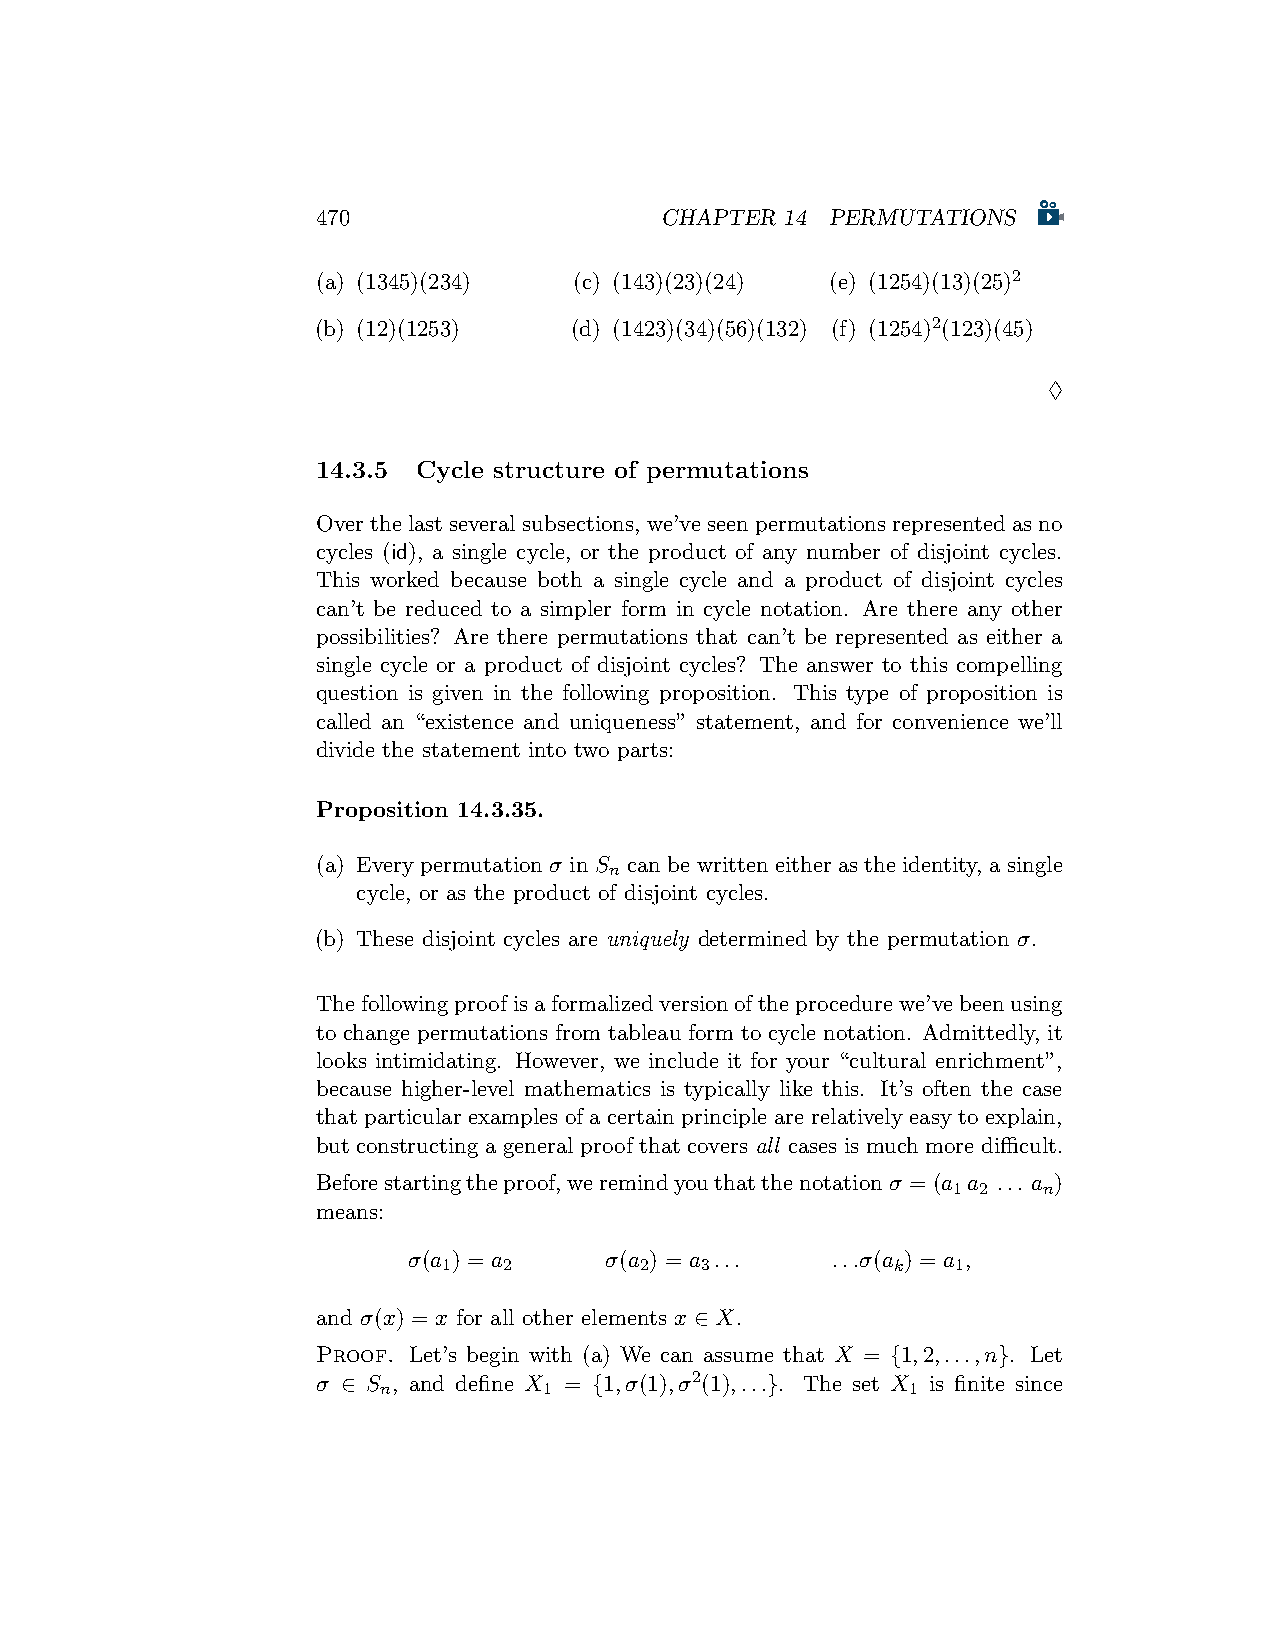
470                    CHAPTER 14 PERMUTATIONS
 (a) (1345)(234)  (c) (143)(23)(24) (e) (1254)(13)(25)2
 (b) (12)(1253)   (d) (1423)(34)(56)(132) (f) (1254)2(123)(45)
 ♢
 14.3.5 Cycle structure of permutations
 Over thelast several subsections, we’ve seen permutationsrepresented as no
 cycles (id), a single cycle, or the product of any number of disjoint cycles.
 This worked because both a single cycle and a product of disjoint cycles
 can’t be reduced to a simpler form in cycle notation. Are there any other
 possibilities? Are there permutations that can’t be represented as either a
 single cycle or a product of disjoint cycles? The answer to this compelling
 question is given in the following proposition. This type of proposition is
 called an “existence and uniqueness” statement, and for convenience we’ll
 divide the statement into two parts:
 Proposition 14.3.35.
 (a) Every permutation σ in S can be written either as the identity, a single
 n
 cycle, or as the product of disjoint cycles.
 (b) These disjoint cycles are uniquely determined by the permutation σ.
 Thefollowingproofisaformalizedversionoftheprocedurewe’vebeenusing
 to change permutations from tableau form to cycle notation. Admittedly, it
 looks intimidating. However, we include it for your “cultural enrichment”,
 because higher-level mathematics is typically like this. It’s often the case
 that particular examples of a certain principle are relatively easy to explain,
 but constructing a general proof that covers all cases is much more difficult.
 Beforestartingtheproof,weremindyouthatthenotationσ = (a a ... a )
 1 2   n
 means:
 σ(a ) = a    σ(a ) = a ...  ...σ(a ) = a ,
 1   2        2   3            k   1
 and σ(x) = x for all other elements x ∈ X.
 Proof. Let’s begin with (a) We can assume that X = {1,2,...,n}. Let
 σ ∈ S , and define X = {1,σ(1),σ2(1),...}. The set X is finite since
 n          1                       1